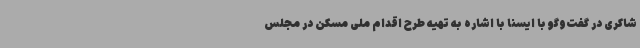
شاکری در گفت‌وگو با ایسنا با اشاره به تهیه طرح اقدام ملی مسکن در مجلس